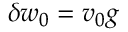
\delta w _ { 0 } = v _ { 0 } g